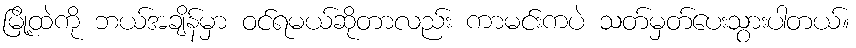
မြို့ထဲကို ဘယ်အချိန်မှာ ဝင်ရမယ်ဆိုတာလည်း ကာမင်းကပဲ သတ်မှတ်ပေးသွားပါတယ်။